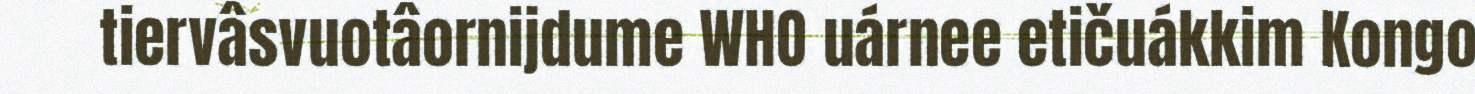
tiervâsvuotâornijdume WHO uárnee etičuákkim Kongo